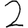
Digit: 2